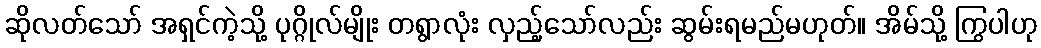
ဆိုလတ်သော် အရှင်ကဲ့သို့ ပုဂ္ဂိုလ်မျိုး တရွာလုံး လှည့်သော်လည်း ဆွမ်းရမည်မဟုတ်။ အိမ်သို့ ကြွပါဟု